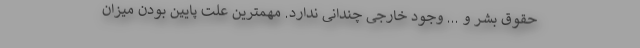
حقوق بشر و ... وجود خارجی چندانی ندارد. مهمترین علت پایین بودن میزان